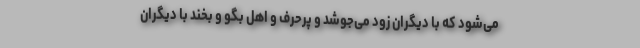
می‌شود که با دیگران زود می‌جوشد و پرحرف و اهلِ بگو و بخند با دیگران